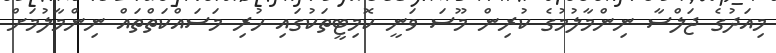
މިއަދުގެ ޖަލްސާ ނިންމާލުމުގެ ކުރިން މޫސަ ވަނީ ކޮމިޓީތަކުގައި ހުރި މަސައްކަތްތައް ނިންމާލުމަށް